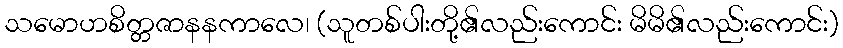
သမောဟစိတ္တဇာနနကာလေ၊ (သူတစ်ပါးတို့၏လည်းကောင်း မိမိ၏လည်းကောင်း)